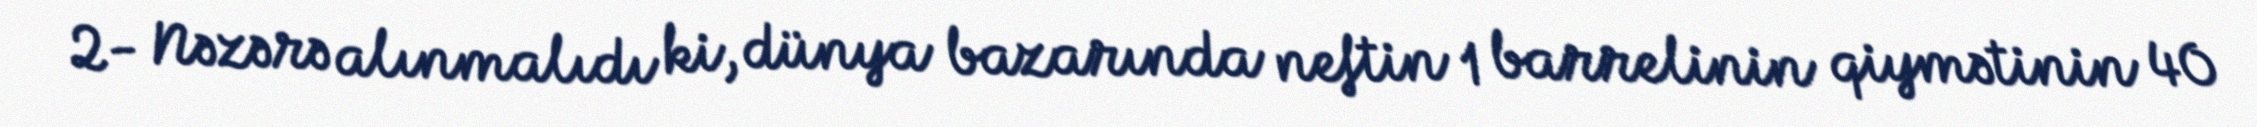
2- Nəzərə alınmalıdı ki, dünya bazarında neftin 1 barrelinin qiymətinin 40